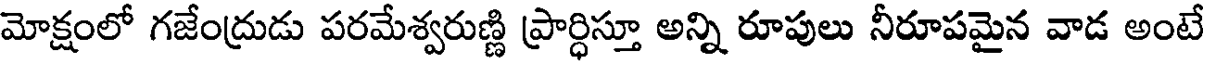
మోక్షంలో గజేంద్రుడు పరమేశ్వరుణ్ణి ప్రార్ధిస్తూ అన్ని రూపులు నీరూపమైన వాడ అంటే